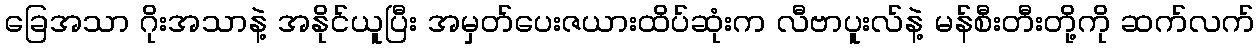
ခြေအသာ ဂိုးအသာနဲ့ အနိုင်ယူပြီး အမှတ်ပေးဇယားထိပ်ဆုံးက လီဗာပူးလ်နဲ့ မန်စီးတီးတို့ကို ဆက်လက်